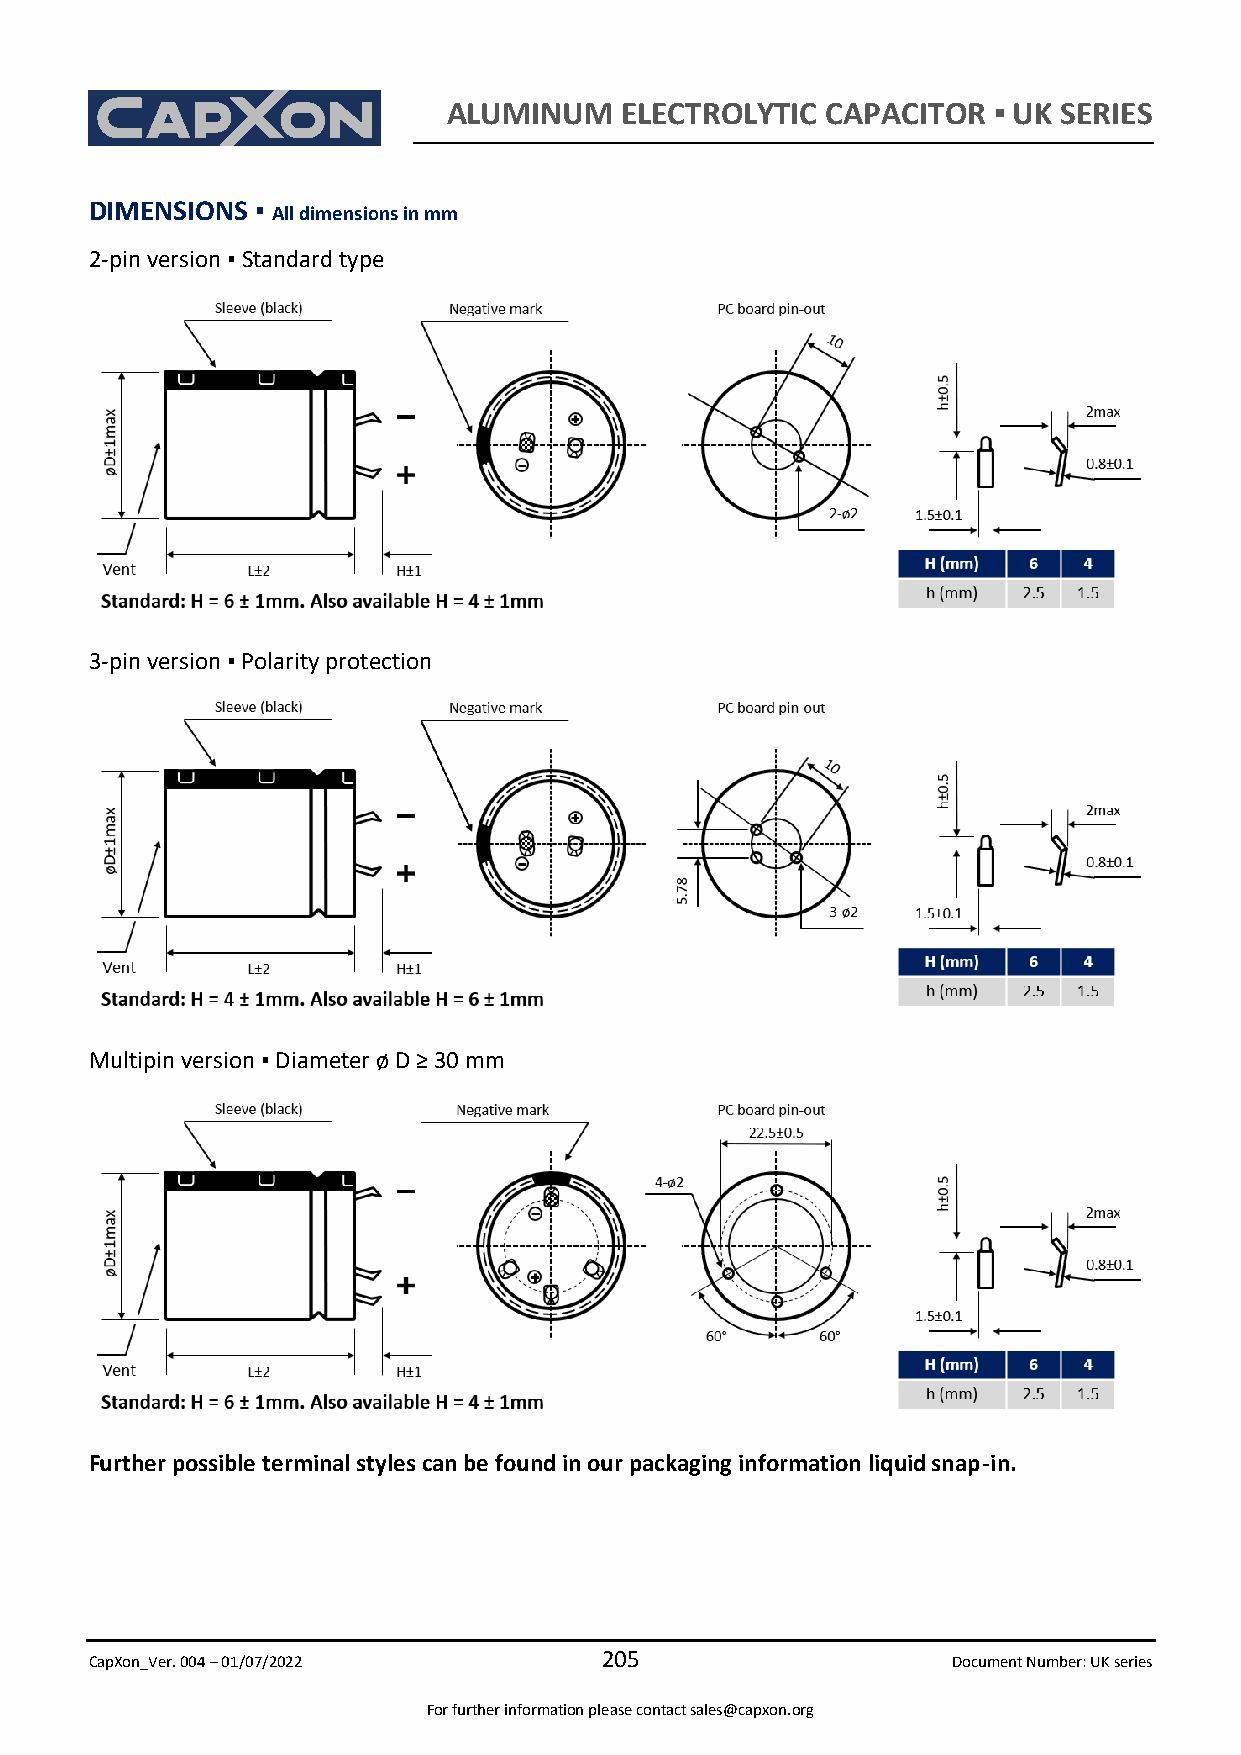
ALUMINUM   ELECTROLYTIC  CAPACITOR  ▪ UK SERIES
 DIMENSIONS ▪ All dimensions in mm
 2-pin version ▪ Standard type
 3-pin version ▪ Polarity protection
 Multipin version ▪ Diameter ø D ≥ 30 mm
 Further possible terminal styles can be found in our packaging information liquid snap-in.
 CapXon_Ver. 004 – 01/07/2022
 205
 Document Number: UK series
 For further information please contact sales@capxon.org